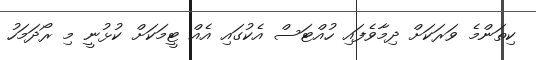
ކިތަންމެ ވަރަކަށް ދިމާވެފައި ހުއްޓަސް އެކުގައި އެއް ޓީމަކަށް ކުޅުނީ މި ރޯދަމަހު